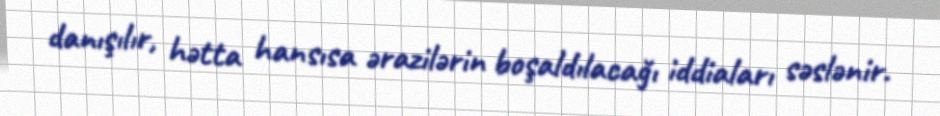
danışılır, hətta hansısa ərazilərin boşaldılacağı iddiaları səslənir.